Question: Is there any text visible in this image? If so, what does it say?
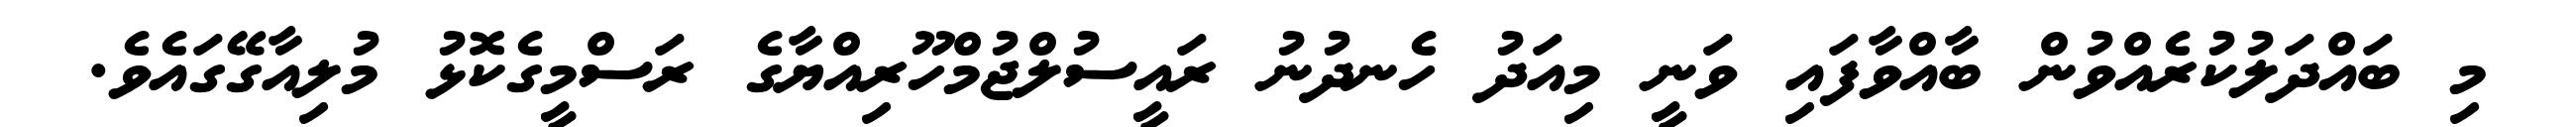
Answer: މި ބައްދަލުކުރެއްވުން ބާއްވާފައި ވަނީ މިއަދު ހެނދުނު ރައީސުލްޖުމްހޫރިއްޔާގެ ރަސްމީގެކޮޅު މުލިއާގޭގައެވެ.